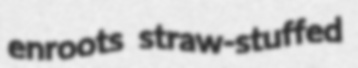
enroots straw-stuffed